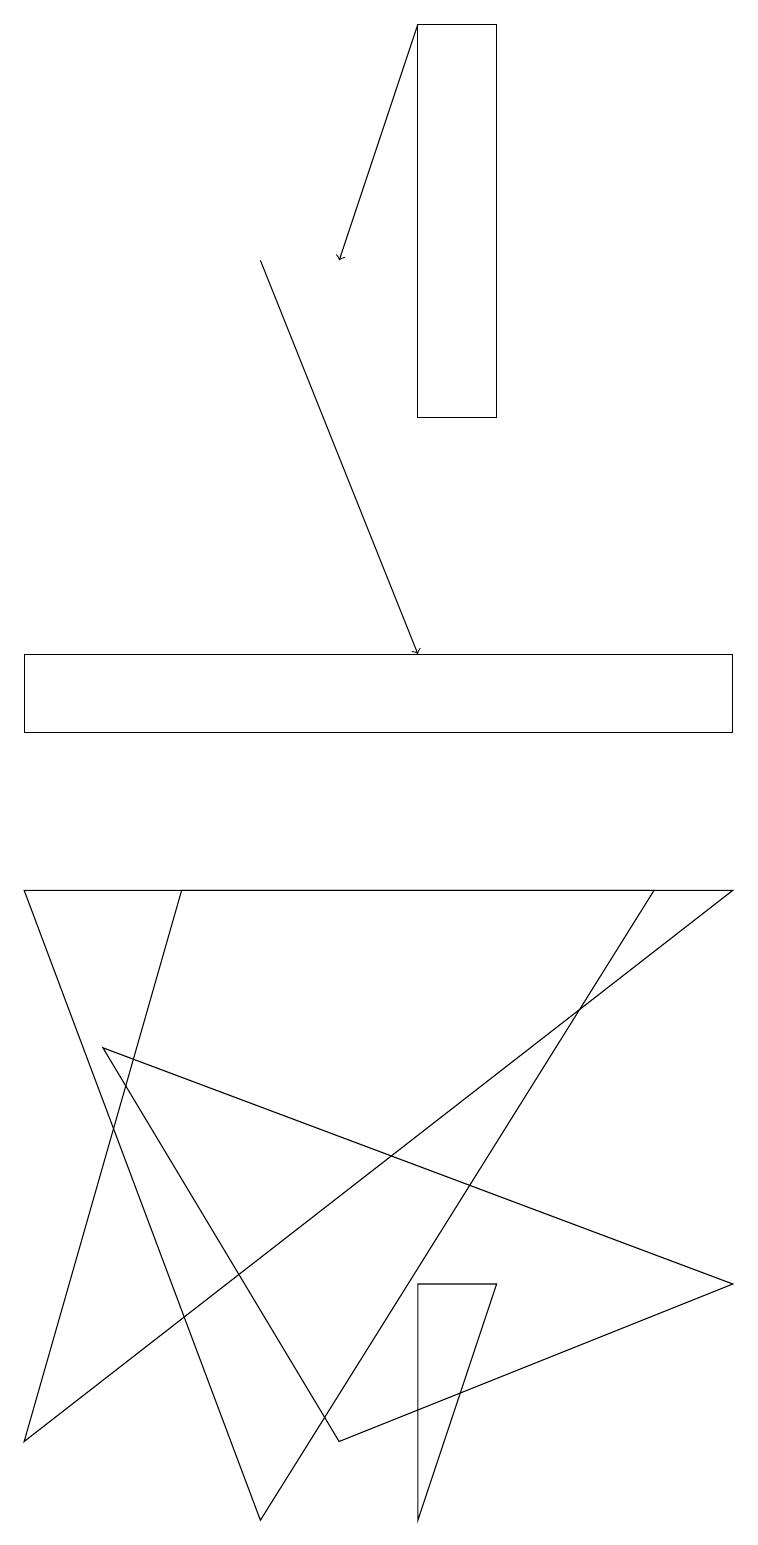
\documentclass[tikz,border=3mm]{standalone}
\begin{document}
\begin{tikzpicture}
\draw[->] (3,16) -- (5,11);
\draw (6,3) -- (5,3) -- (5,0) -- cycle;
\draw (6,19) rectangle (5,14);
\draw (9,11) rectangle (0,10);
\draw (0,1) -- (2,8) -- (9,8) -- cycle;
\draw[->] (5,19) -- (4,16);
\draw (3,0) -- (0,8) -- (8,8) -- cycle;
\draw (1,6) -- (4,1) -- (9,3) -- cycle;
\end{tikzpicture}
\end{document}